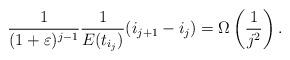
LaTeX: \begin{align*} \frac{1}{(1+\varepsilon)^{j-1}}\frac{1}{E(t_{i_{j}})} (i_{j+1} - i_j) = \Omega\left( \frac{1}{j^2} \right). \end{align*}